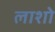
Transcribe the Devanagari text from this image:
लाशो